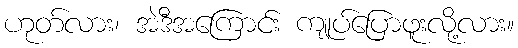
ဟုတ်လား၊ အဲဒီအကြောင်း ကျုပ်ပြောဖူးလို့လား။